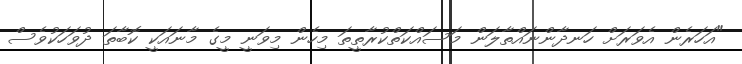
"އަހަރެން އެވަރަށް ހަނދާންނައްތާލަން މަސައްކަތްކުރާތީތަ މިހެން މިވަނީ މީގެ މާނައަކީ ކޮބާތަ ދުވަހަކުވެސް